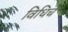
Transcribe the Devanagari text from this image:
विधिचे